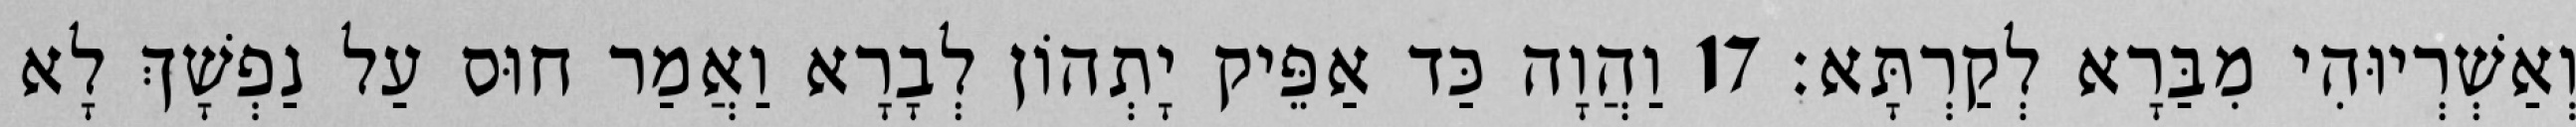
וְאַשְׁרְיוּהִי מִבַּרָא לְקַרְתָּא׃ 17 וַהֲוָה כַּד אַפֵּיק יָתְהוֹן לְבָרָא וַאֲמַר חוּס עַל נַפְשָׁךְ לָא